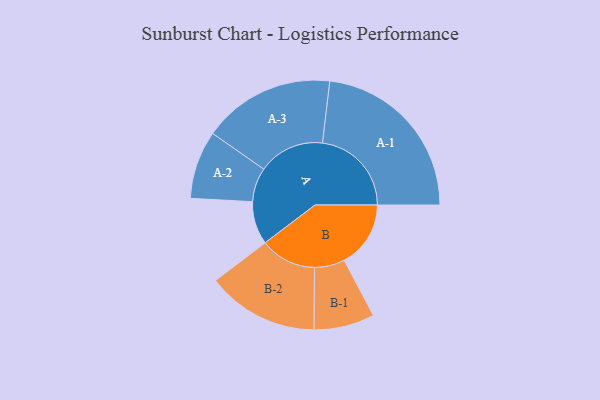
{"axis": {"x": "Segment", "y": "Value"}, "legend": ["", "A", "B"], "data": [{"x": "A", "y": 145, "type": ""}, {"x": "B", "y": 224, "type": ""}, {"x": "A-1", "y": 300, "type": "A"}, {"x": "A-2", "y": 115, "type": "A"}, {"x": "A-3", "y": 223, "type": "A"}, {"x": "B-1", "y": 102, "type": "B"}, {"x": "B-2", "y": 189, "type": "B"}]}